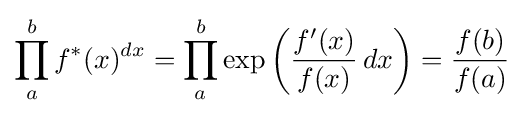
\prod _{a}^{b}f^{*}(x)^{dx}=\prod _{a}^{b}\exp \left({\frac {f'(x)}{f(x)}}\,dx\right)={\frac {f(b)}{f(a)}}